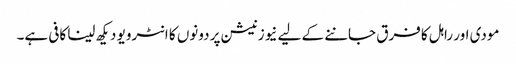
مودی اور راہل کا فرق جاننے کے لیے نیوز نیشن پر دونوں کا انٹرویو دیکھ لینا کافی ہے۔